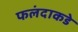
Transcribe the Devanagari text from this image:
फलंदाकडे